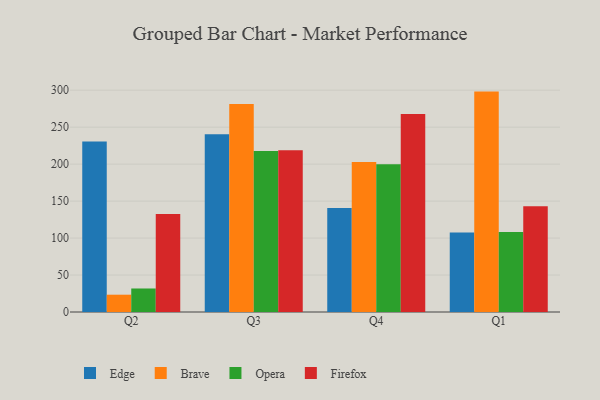
{"axis": {"x": "Quarter", "y": "Conversion Rate (%)"}, "legend": ["Brave", "Edge", "Firefox", "Opera"], "data": [{"x": "Q2", "y": 230.7, "type": "Edge"}, {"x": "Q2", "y": 23.4, "type": "Brave"}, {"x": "Q2", "y": 31.8, "type": "Opera"}, {"x": "Q2", "y": 132.5, "type": "Firefox"}, {"x": "Q3", "y": 240.3, "type": "Edge"}, {"x": "Q3", "y": 281.2, "type": "Brave"}, {"x": "Q3", "y": 217.8, "type": "Opera"}, {"x": "Q3", "y": 218.9, "type": "Firefox"}, {"x": "Q4", "y": 140.6, "type": "Edge"}, {"x": "Q4", "y": 203.0, "type": "Brave"}, {"x": "Q4", "y": 199.9, "type": "Opera"}, {"x": "Q4", "y": 267.8, "type": "Firefox"}, {"x": "Q1", "y": 107.5, "type": "Edge"}, {"x": "Q1", "y": 298.1, "type": "Brave"}, {"x": "Q1", "y": 108.2, "type": "Opera"}, {"x": "Q1", "y": 143.0, "type": "Firefox"}]}